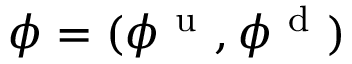
\phi = ( \phi ^ { \mathrm { ~ u ~ } } , \phi ^ { \mathrm { ~ d ~ } } )